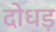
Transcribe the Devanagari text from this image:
दोधड़